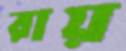
রায়